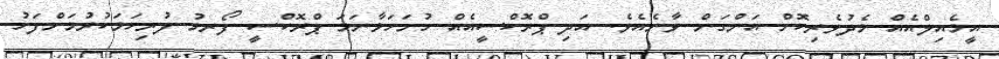
އީމެއިލްއެއް މެދުވެރިކޮށް އަންގަން ވާނެއެވެ. އަދި ޕްރޮކްސީއެއް ހުށަހަޅާނަމަ ޕްރޮކްސީ ފޯރމު ފުރިހަމަކުރުމަށްފަހު